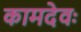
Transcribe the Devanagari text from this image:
कामदेवः